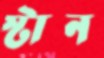
স্টান